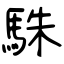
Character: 駯